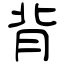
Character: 背